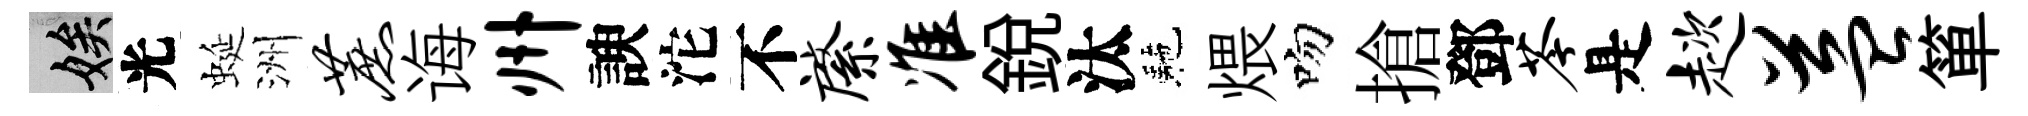
娭光蜒洲蔗诲州諛沱不綮准銳汰駰煨吻搶鄧苓是趑益箪